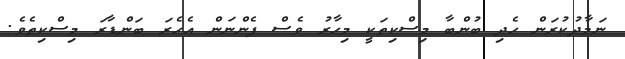
ނަމާދުކުރަން ހެދި ބުންބާ މިސްކިތަކީ މިހާރު ވެސް ފެންނަން އެހެރަ ބަންޑާރަ މިސްކިތެވެ.